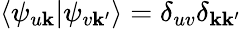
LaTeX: \langle\psi_{u\mathbf{k}}|\psi_{v\mathbf{k^{\prime}}}\rangle=\delta_{uv}\delta_{\mathbf{k}\mathbf{k^{\prime}}}